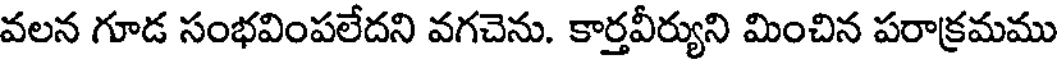
వలన గూడ సంభవింపలేదని వగచెను. కార్తవీర్యుని మించిన పరాక్రమము